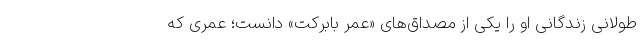
طولانیِ زندگانی او را یکی از مصداق‌های «عمرِ بابرکت» دانست؛ عمری که